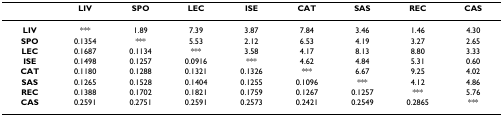
<table><thead><tr><td></td><td><b>LIV</b></td><td><b>SPO</b></td><td><b>LEC</b></td><td><b>ISE</b></td><td><b>CAT</b></td><td><b>SAS</b></td><td><b>REC</b></td><td><b>CAS</b></td></tr></thead><tbody><tr><td><b>LIV</b></td><td>***</td><td>1.89</td><td>7.39</td><td>3.87</td><td>7.84</td><td>3.46</td><td>1.46</td><td>4.30</td></tr><tr><td><b>SPO</b></td><td>0.1354</td><td>***</td><td>5.53</td><td>2.12</td><td>6.53</td><td>4.19</td><td>3.27</td><td>2.65</td></tr><tr><td><b>LEC</b></td><td>0.1687</td><td>0.1134</td><td>***</td><td>3.58</td><td>4.17</td><td>8.13</td><td>8.80</td><td>3.33</td></tr><tr><td><b>ISE</b></td><td>0.1498</td><td>0.1257</td><td>0.0916</td><td>***</td><td>4.62</td><td>4.84</td><td>5.31</td><td>0.60</td></tr><tr><td><b>CAT</b></td><td>0.1180</td><td>0.1288</td><td>0.1321</td><td>0.1326</td><td>***</td><td>6.67</td><td>9.25</td><td>4.02</td></tr><tr><td><b>SAS</b></td><td>0.1265</td><td>0.1528</td><td>0.1404</td><td>0.1255</td><td>0.1096</td><td>***</td><td>4.12</td><td>4.86</td></tr><tr><td><b>REC</b></td><td>0.1388</td><td>0.1702</td><td>0.1821</td><td>0.1759</td><td>0.1267</td><td>0.1257</td><td>***</td><td>5.76</td></tr><tr><td><b>CAS</b></td><td>0.2591</td><td>0.2751</td><td>0.2591</td><td>0.2573</td><td>0.2421</td><td>0.2549</td><td>0.2865</td><td>***</td></tr></tbody></table>